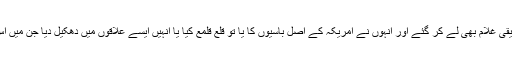
یورپی آبادکار امریکہ میں اپنے ساتھ افریقی غلام بھی لے کر گئے اور انہوں نے امریکہ کے اصل باسیوں کا یا تو قلع قلمع کیا یا انہیں ایسے علاقوں میں دھکیل دیا جن میں اس وقت ان آبادکاروں کو دلچسپی نہ تھی ۔